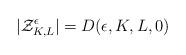
LaTeX: \begin{align*} | \mathcal{Z}_{K,L}^\epsilon | = D(\epsilon,K,L,0) \end{align*}